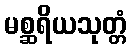
မစ္ဆရိယသုတ္တံ